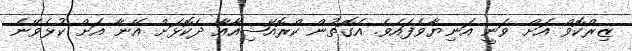
ޒިރްކޮވް އަށް ވަނީ އަނިޔާވެފައެވެ. އެގޮތުން ކްރޮއޭޝިއާއާ ދެކޮޅަށް އޭނާ އަށް ކުޅެވޭނެ